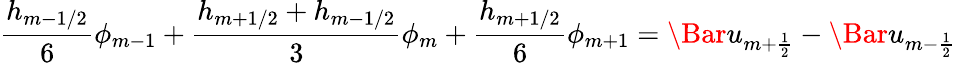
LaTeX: \frac{h_{m-1/2}}{{6}}\phi_{m-1}+\frac{h_{m+1/2}+h_{m-1/2}}{{3}}\phi_{m}+\frac{h_{m+1/2}}{{6}}\phi_{m+1}=\Bar{u}_{m+\frac{1}{2}}-\Bar{u}_{m-\frac{1}{2}}